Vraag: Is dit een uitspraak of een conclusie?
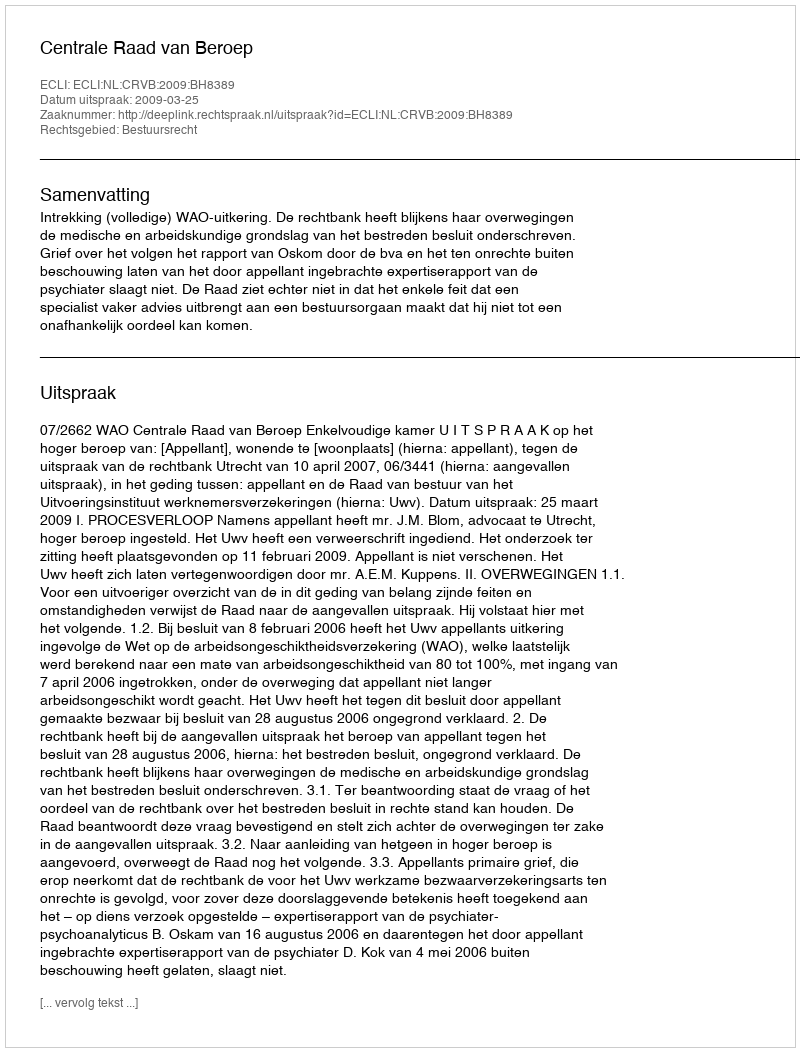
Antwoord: Uitspraak